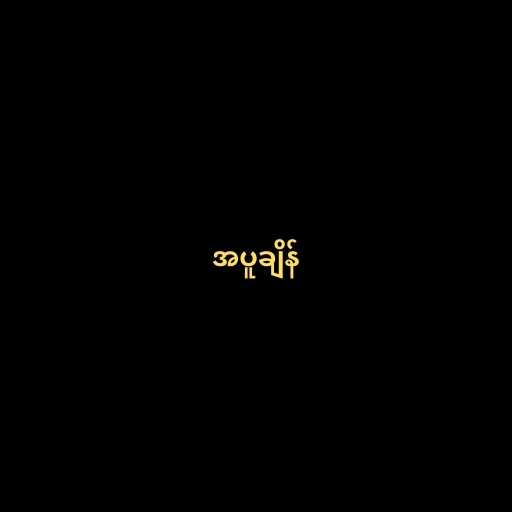
အပူချိန်